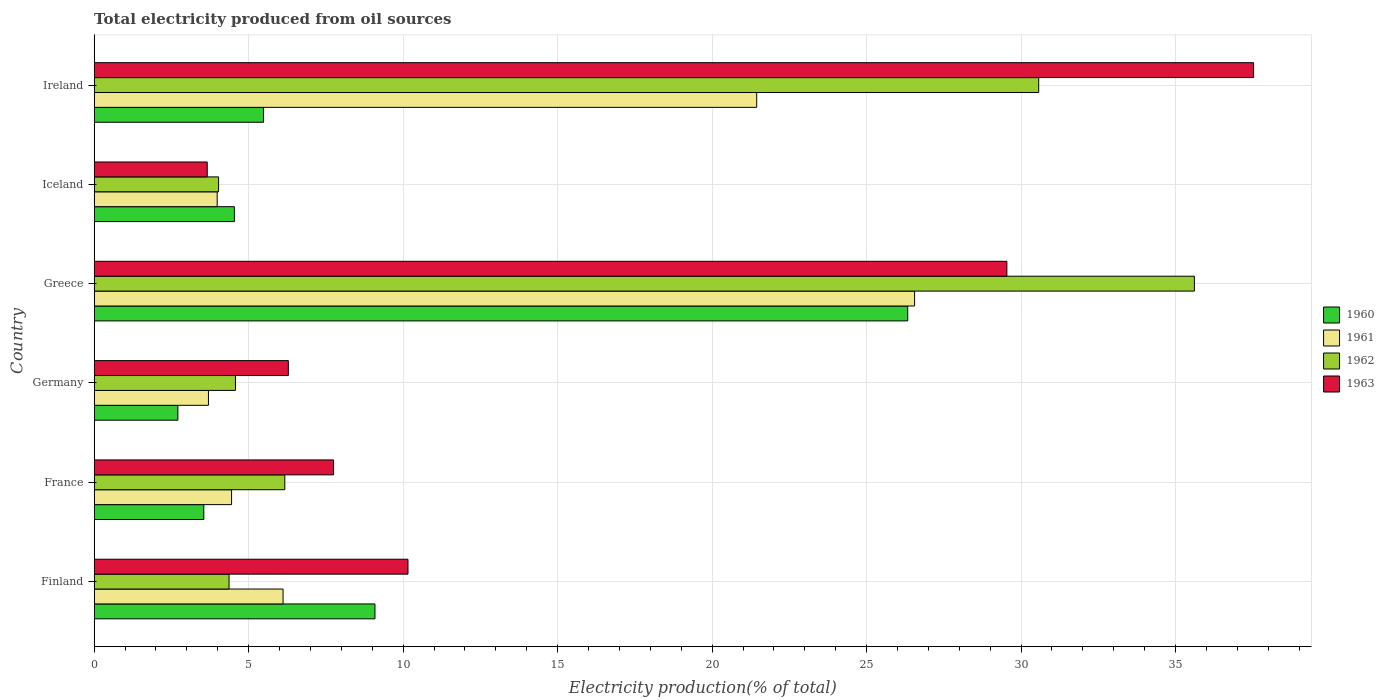
| Country | 1960 | 1961 | 1962 | 1963 |
 | --- | --- | --- | --- | --- |
 | Finland | 9.09 | 6.11 | 4.36 | 10.2 |
 | France | 3.55 | 4.45 | 6.17 | 7.75 |
 | Germany | 2.71 | 3.7 | 4.57 | 6.28 |
 | Greece | 26.3 | 26.6 | 35.6 | 29.5 |
 | Iceland | 4.54 | 3.98 | 4.03 | 3.66 |
 | Ireland | 5.48 | 21.4 | 30.6 | 37.5 |